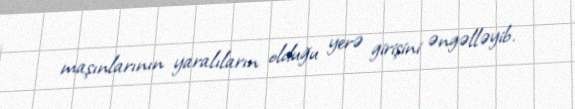
maşınlarının yaralıların olduğu yerə girişini əngəlləyib.